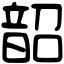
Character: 韶